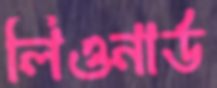
লিওনার্ড